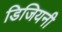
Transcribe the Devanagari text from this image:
डिजियनी